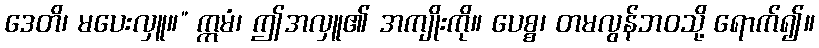
ဒေတိ၊ မပေးလှူ။” ဣမံ၊ ဤအလှူ၏ အကျိုးကို။ ပေစ္စ၊ တမလွန်ဘဝသို့ ရောက်၍။